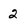
Character: 2